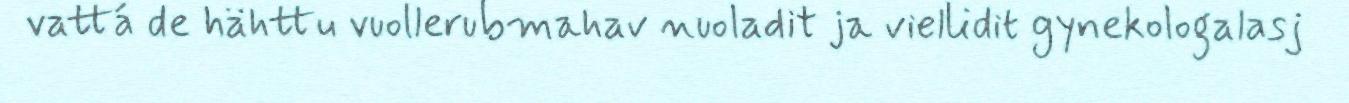
vattá de hähttu vuollerubmahav nuoladit ja viellidit gynekologalasj